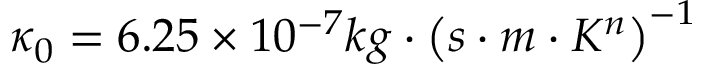
\kappa _ { 0 } = 6 . 2 5 \times 1 0 ^ { - 7 } k g \cdot \left( s \cdot m \cdot K ^ { n } \right) ^ { - 1 }